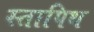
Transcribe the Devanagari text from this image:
स्तापिथ